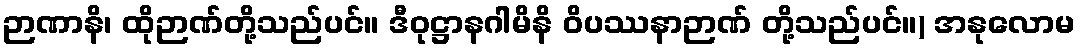
ဉာဏာနိ၊ ထိုဉာဏ်တို့သည်ပင်။ ဒီဝုဋ္ဌာနဂါမိနိ ဝိပဿနာဉာဏ် တို့သည်ပင်။) အနုလောမ